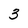
Character: 3